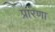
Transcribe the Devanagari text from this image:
प्रारणा